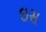
ઇસ